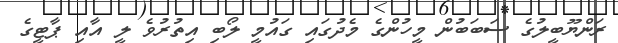
ރަންޔޫބީލުގެ ސަބަބުން މީހުންގެ މެދުގައި ގައުމީ ލޯބި އިތުރުވެ ލީ އާއި ޕާޓީގެ